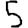
Digit: 5